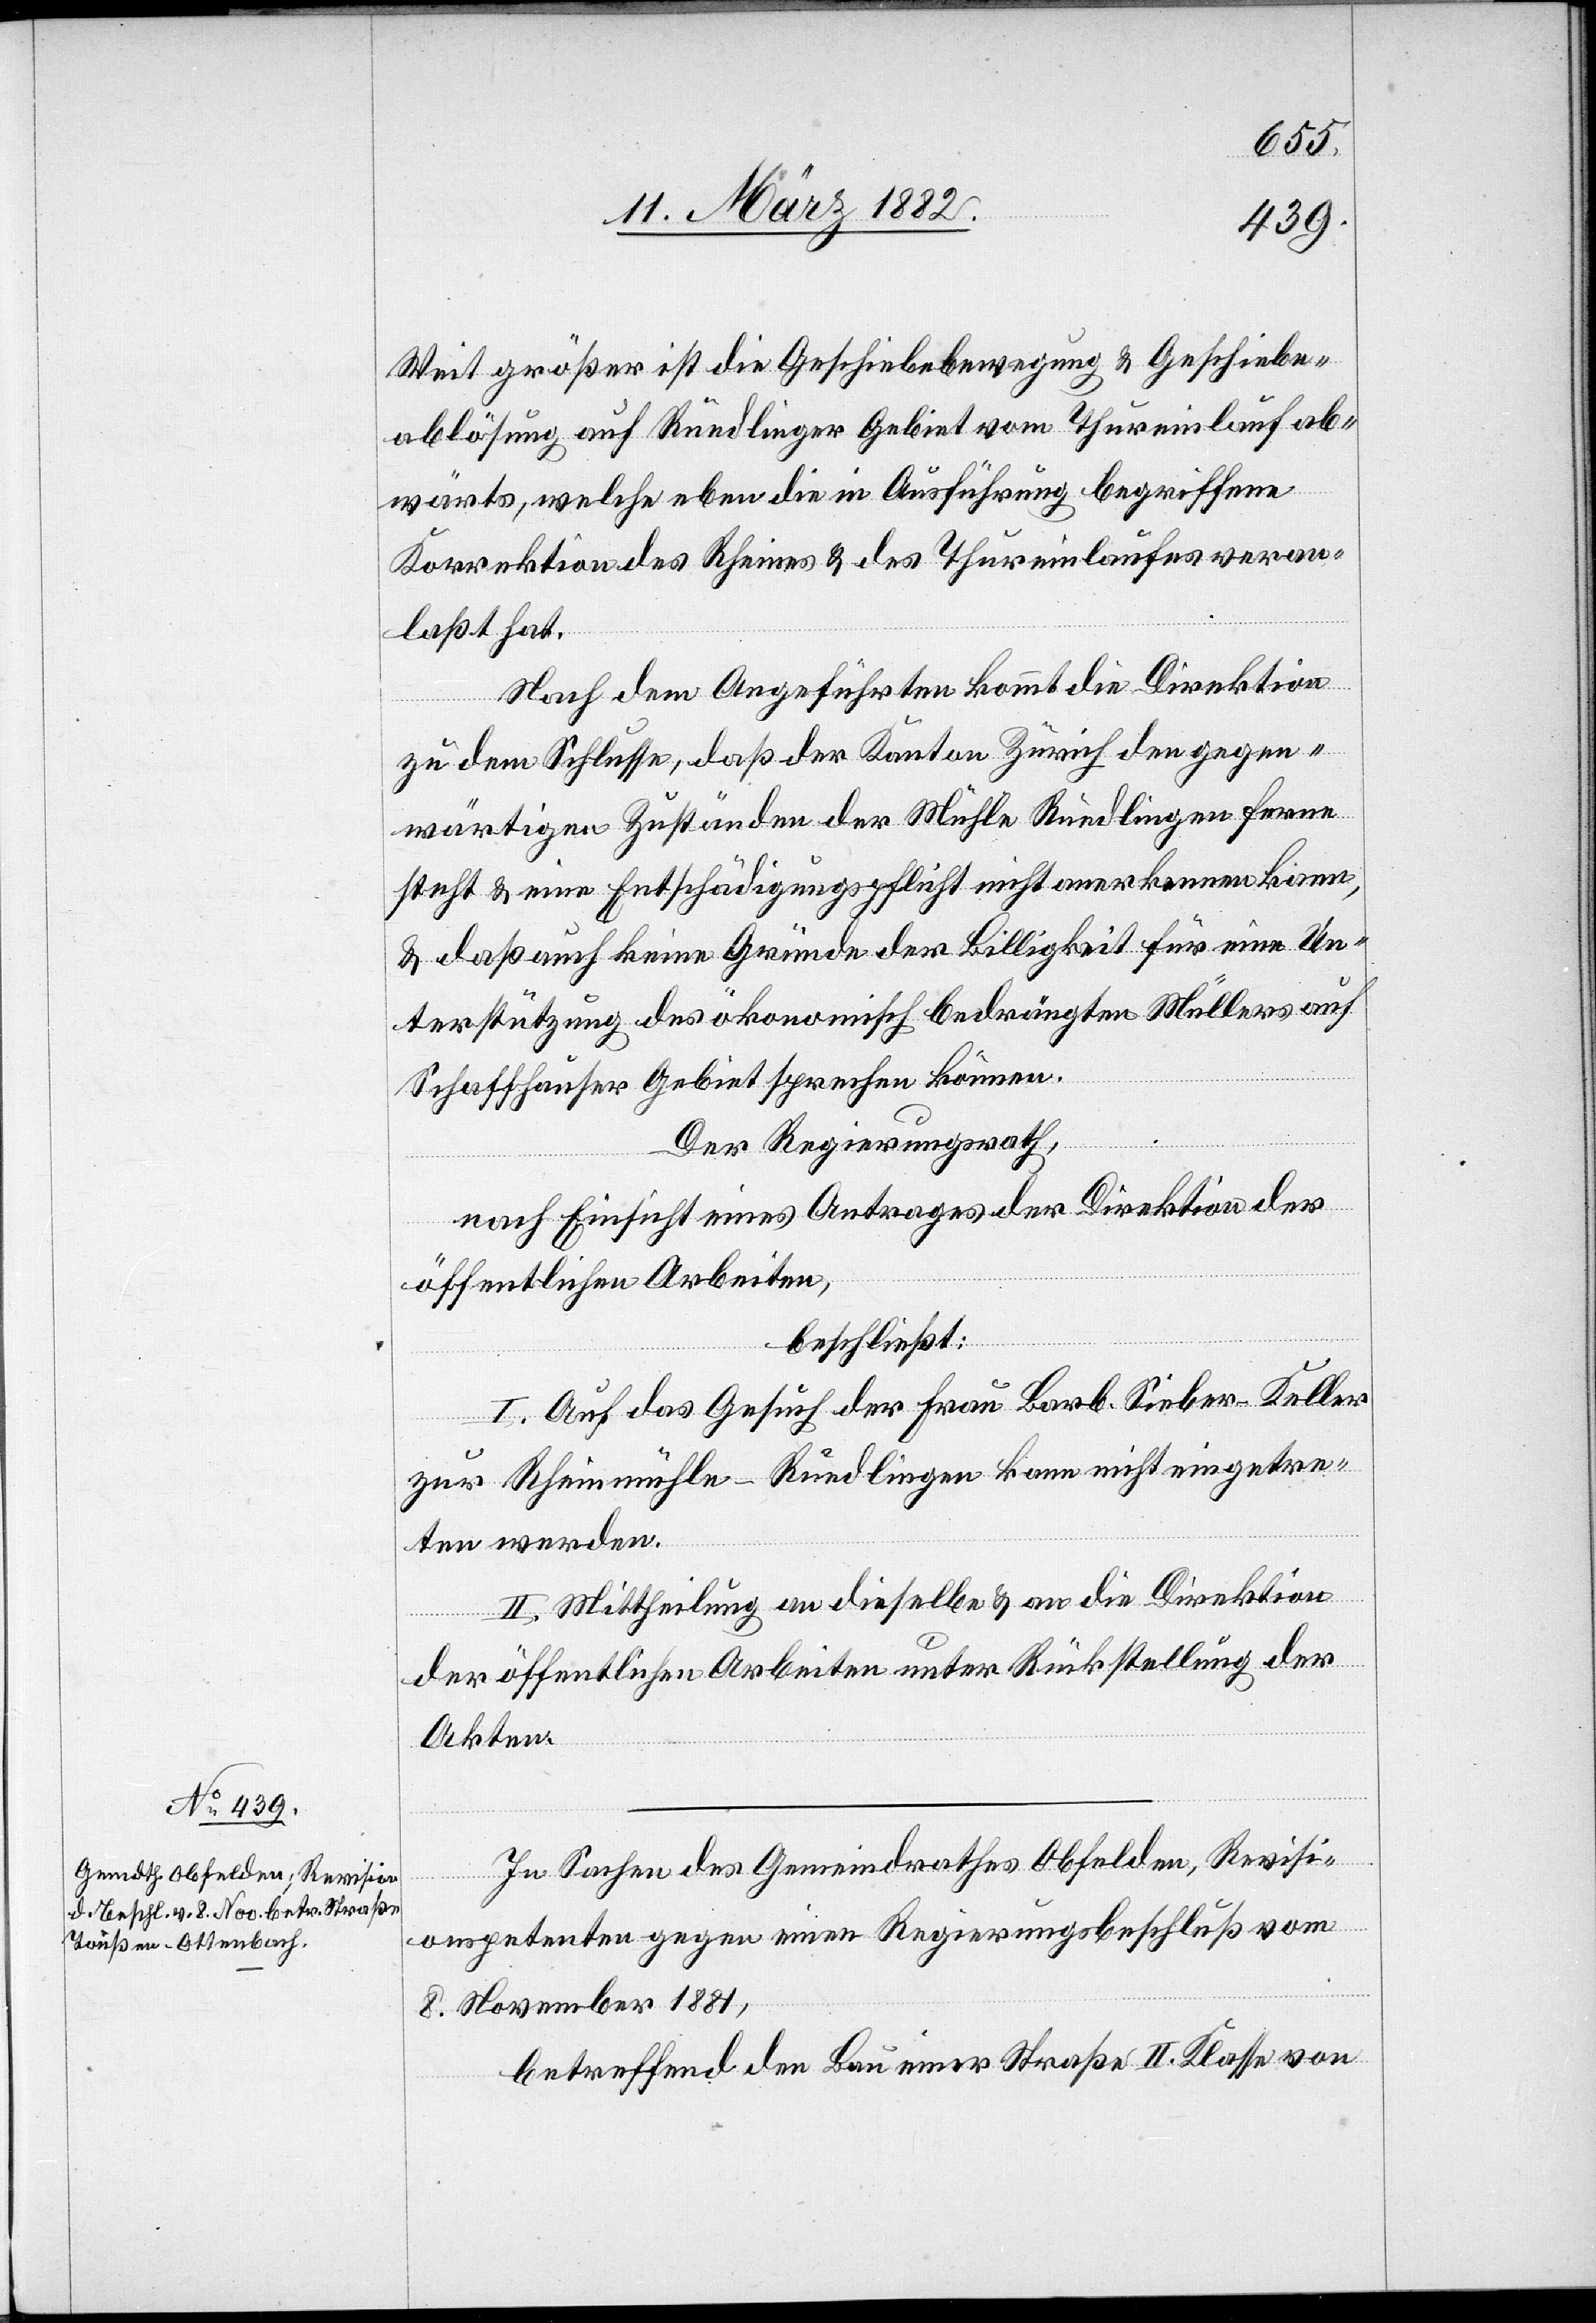
Weit größer ist die Geschiebebewegung & Geschiebe¬
ablösung auf Rüdlinger Gebiet vom Thureinlauf ab¬
wärts, welche eben die in Ausführung begriffene
Korrektion des Rheines & des Thureinlaufes veran¬
laßt hat.
Nach dem Angeführten kommt die Direktion
zu dem Schlusse, daß der Kanton Zürich den gegen¬
wärtigen Zuständen der Mühle Rüdlingen fern
steht & eine Entschädigungspflicht nicht anerkennen kann,
& daß auch keine Gründe der Billigkeit für eine Un¬
terstützung des ökonomisch bedrängten Müllers auf
Schaffhauser Gebiet sprechen können.
Der Regierungsrath,
nach Einsicht eines Antrages der Direktion der
öffentlichen Arbeiten,
beschließt:
I. Auf das Gesuch der Frau Barb. Sieber-Keller
zur Rheinmühle - Rüdlingen kann nicht eingetre¬
ten werden.
II. Mittheilung an dieselbe & an die Direktion
der öffentlichen Arbeiten unter Rückstellung der
Akten.
In Sachen des Gemeindrathes Obfelden, Revisi¬
onspetenten gegen einen Regierungsbeschluß vom
8. November 1881,
betreffend den Bau einer Straße II. Klasse von